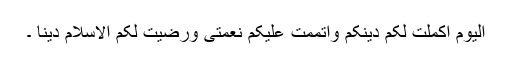
الیوم اکملت لکم دینکم واتممت علیکم نعمتی ورضیت لکم الاسلام دیناً ۔